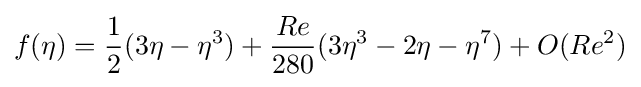
f(\eta )={\frac {1}{2}}(3\eta -\eta ^{3})+{\frac {Re}{280}}(3\eta ^{3}-2\eta -\eta ^{7})+O(Re^{2})